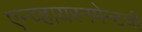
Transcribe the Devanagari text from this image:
एन्व्हायरनमेन्टची